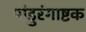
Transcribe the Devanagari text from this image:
पांडुरंगाष्टक